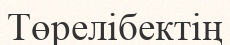
Төрелібектің